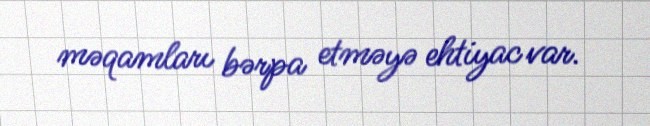
məqamları bərpa etməyə ehtiyac var.